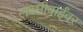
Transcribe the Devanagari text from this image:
लक्ष्मीबाईंवर